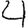
Digit: 4